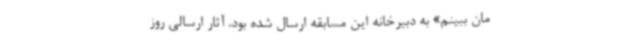
مان ببینم» به دبیرخانه این مسابقه ارسال شده بود. آثار ارسالی روز